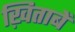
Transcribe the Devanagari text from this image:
ख़िताबें